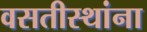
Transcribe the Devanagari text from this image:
वसतीस्थांना